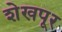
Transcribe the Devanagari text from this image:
शेखपूर